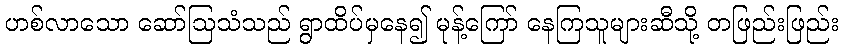
ဟစ်လာသော ဆော်ဩသံသည် ရွာထိပ်မှနေ၍ မုန့်ကြော် နေကြသူများဆီသို့ တဖြည်းဖြည်း